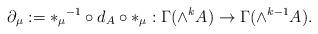
LaTeX: \begin{align*}\partial_\mu := {*_\mu}^{-1} \circ d_A \circ {*_\mu} : \Gamma(\wedge^kA) \rightarrow \Gamma(\wedge^{k-1}A).\end{align*}